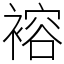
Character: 褣